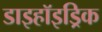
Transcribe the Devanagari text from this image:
डाइहॉइड्रिक